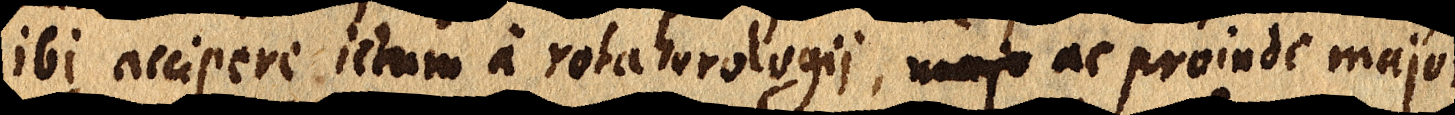
ibi accipere ictum a rota horologii, majo ac proinde majori